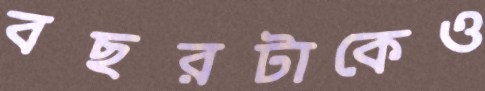
বছরটাকেও